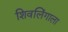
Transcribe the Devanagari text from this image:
शिवलिंगाला